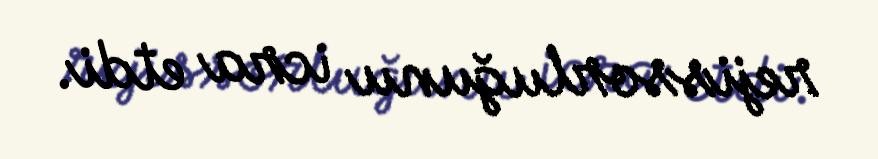
rejissorluğunu icra etdi.